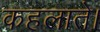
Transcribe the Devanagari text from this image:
कहलाते।